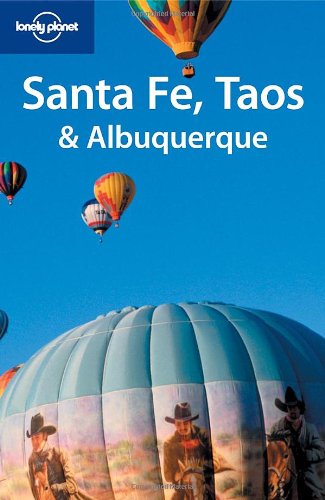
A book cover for Lonely Planet Santa Fe, Taos & Albuquerque; Kim Grant; Travel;